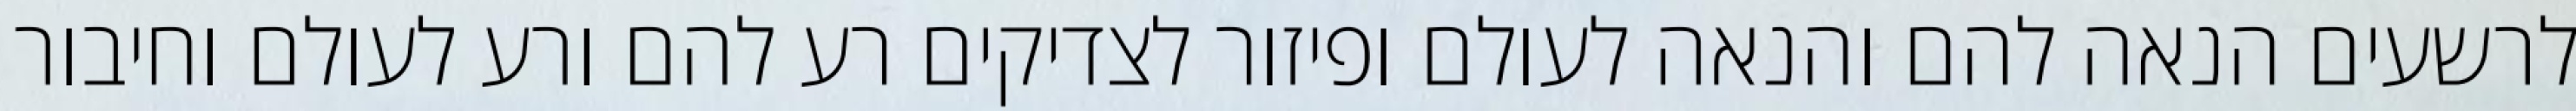
לרשעים הנאה להם והנאה לעולם ופיזור לצדיקים רע להם ורע לעולם וחיבור